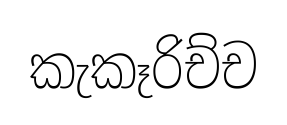
කැකෑරිච්ච